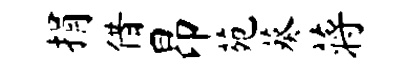
捐借昂苑葵蒋